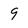
Character: 9